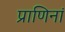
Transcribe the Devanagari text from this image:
प्राणिनां